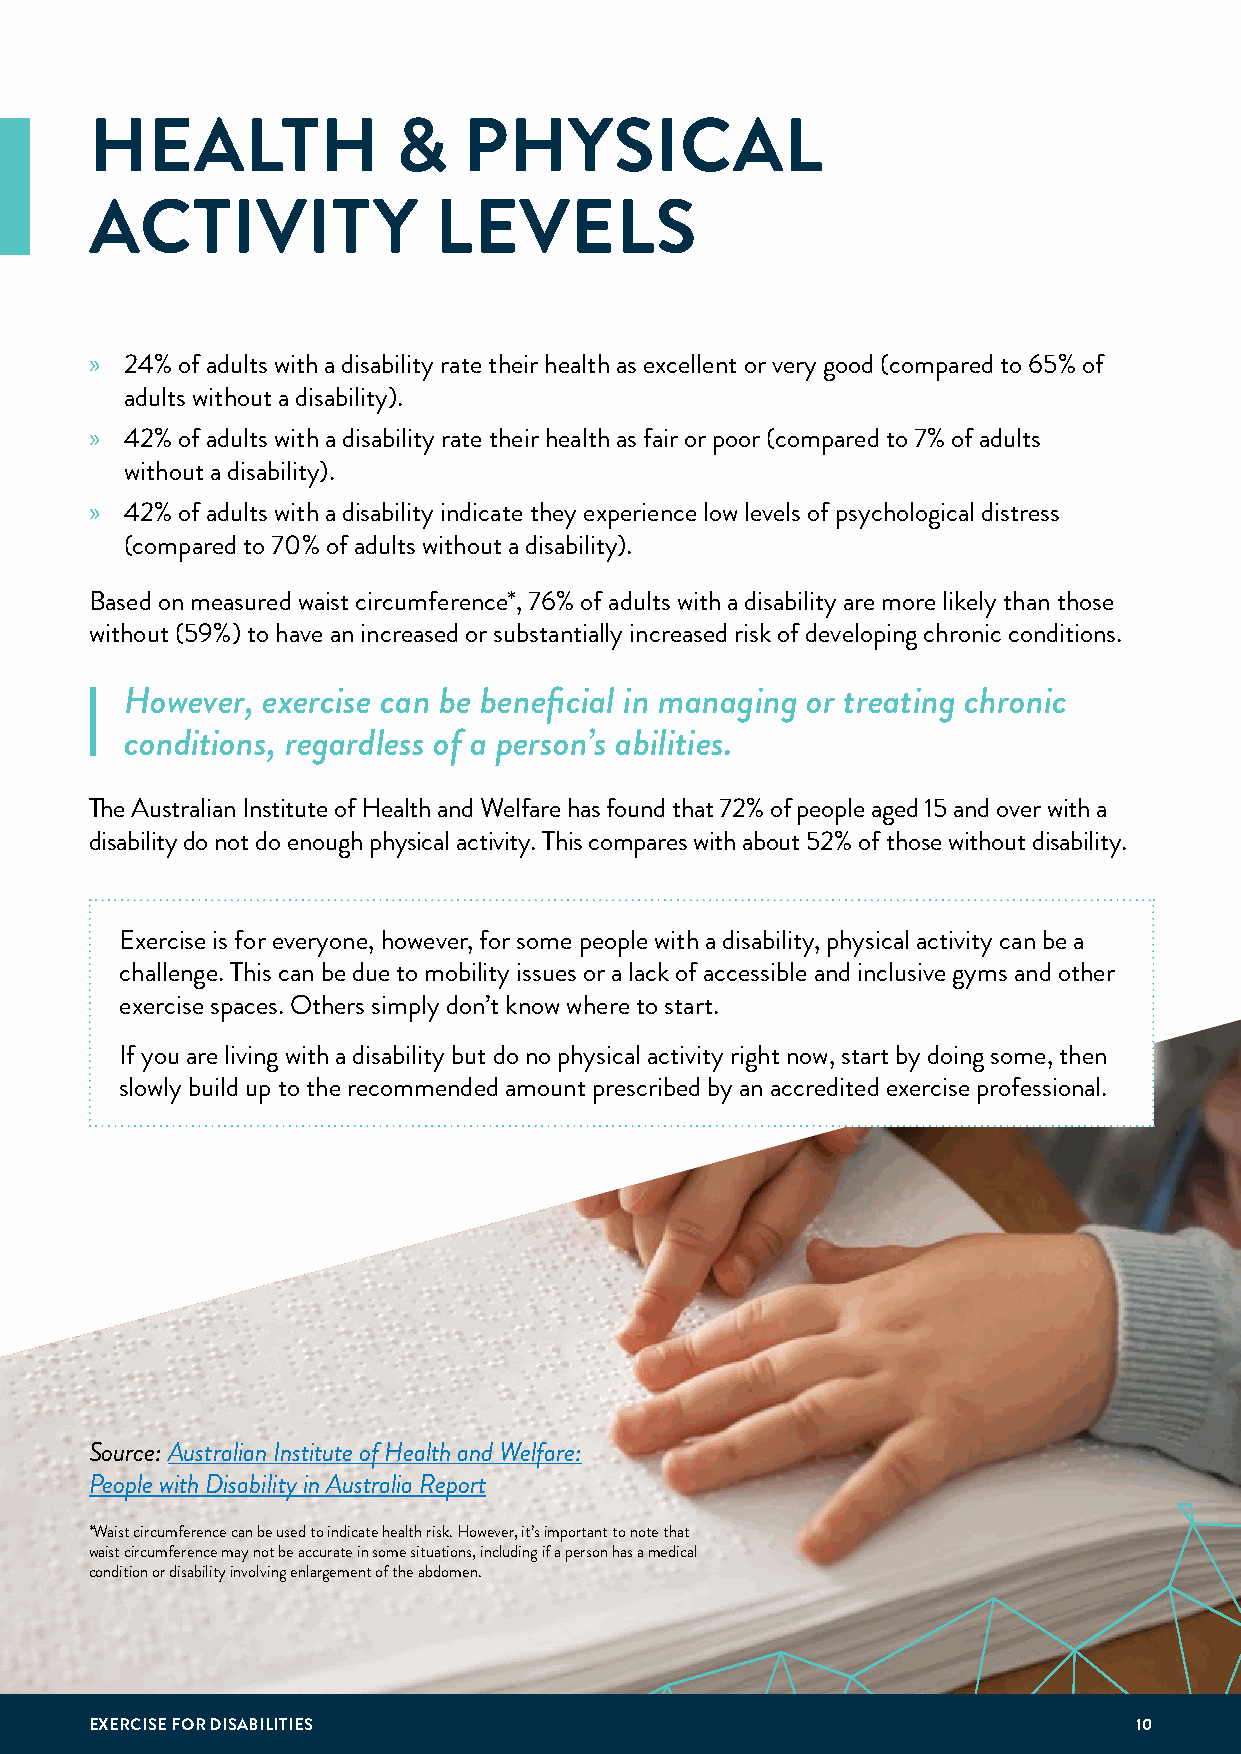
HEALTH              &    PHYSICAL
 ACTIVITY               LEVELS
 » 24% of adults with a disability rate their health as excellent or very good (compared to 65% of
 adults without a disability).
 » 42% of adults with a disability rate their health as fair or poor (compared to 7% of adults
 without a disability).
 » 42% of adults with a disability indicate they experience low levels of psychological distress
 (compared to 70% of adults without a disability).
 Based on measured waist circumference*, 76% of adults with a disability are more likely than those
 without (59%) to have an increased or substantially increased risk of developing chronic conditions.
 However, exercise can be beneficial in managing or treating chronic
 conditions, regardless of a person’s abilities.
 The Australian Institute of Health and Welfare has found that 72% of people aged 15 and over with a
 disability do not do enough physical activity. This compares with about 52% of those without disability.
 Exercise is for everyone, however, for some people with a disability, physical activity can be a
 challenge. This can be due to mobility issues or a lack of accessible and inclusive gyms and other
 exercise spaces. Others simply don’t know where to start.
 If you are living with a disability but do no physical activity right now, start by doing some, then
 slowly build up to the recommended amount prescribed by an accredited exercise professional.
 Source: Australian Institute of Health and Welfare:
 People with Disability in Australia Report
 *Waist circumference can be used to indicate health risk. However, it’s important to note that
 waist circumference may not be accurate in some situations, including if a person has a medical
 condition or disability involving enlargement of the abdomen.
 EXERCISE FOR DISABILITIES                                            10